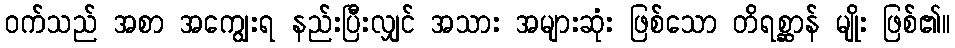
ဝက်သည် အစာ အကျွေးရ နည်းပြီးလျှင် အသား အများဆုံး ဖြစ်သော တိရစ္ဆာန် မျိုး ဖြစ်၏။